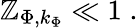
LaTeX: \mathbb{Z}_{\Phi,k_{\Phi}}\ll1\; .